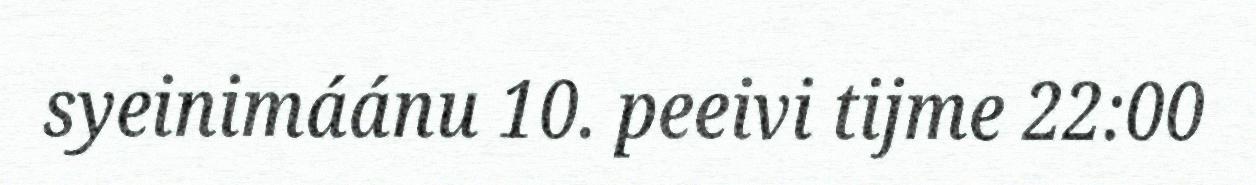
syeinimáánu 10. peeivi tijme 22:00